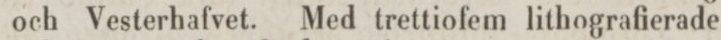
och Vesterhafvet. Med trettiofem lithografierade